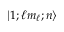
| 1 ; \ell m _ { \ell } ; n \rangle